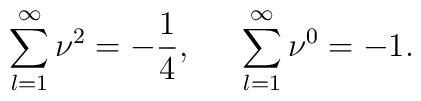
\sum_{l=1}^{\infty}\nu^2=-\frac{1}{4},~~~~\sum_{l=1}^{\infty}\nu^0=-1.